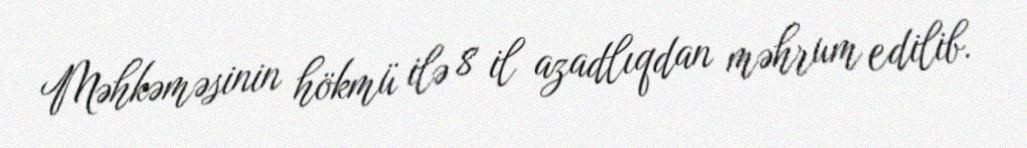
Məhkəməsinin hökmü ilə 8 il azadlıqdan məhrum edilib.